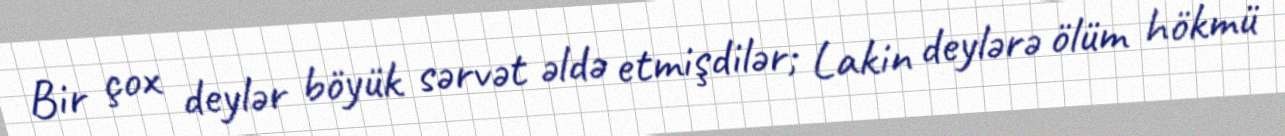
Bir çox deylər böyük sərvət əldə etmişdilər; Lakin deylərə ölüm hökmü